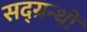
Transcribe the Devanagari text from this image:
सद्ग्रन्थों